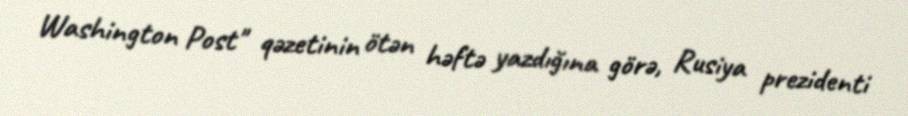
Washington Post" qəzetinin ötən həftə yazdığına görə, Rusiya prezidenti